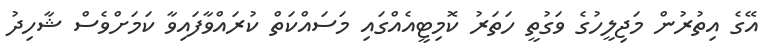
އޭގެ އިތުރުން މަޖިލީހުގެ ވަގުތީ ހަތަރު ކޮމިޓީއެއްގައި މަސައްކަތް ކުރައްވާފައިވާ ކަމަށްވެސް ޝާހިދު